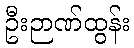
ဦးဉာဏ်ထွန်း